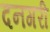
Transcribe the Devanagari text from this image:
दनगरी